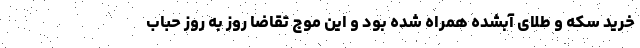
خرید سکه و طلای آبشده همراه شده بود و این موج تقاضا روز به روز حباب